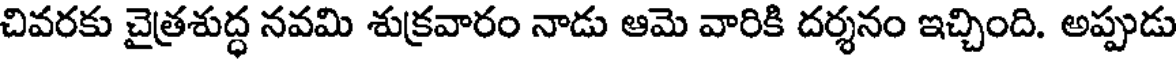
చివరకు చైత్రశుద్ధ నవమి శుక్రవారం నాడు ఆమె వారికి దర్శనం ఇచ్చింది. అప్పుడు